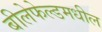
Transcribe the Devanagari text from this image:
बीलेफेल्डमधील